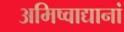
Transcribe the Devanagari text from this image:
अमिष्वाद्यानां